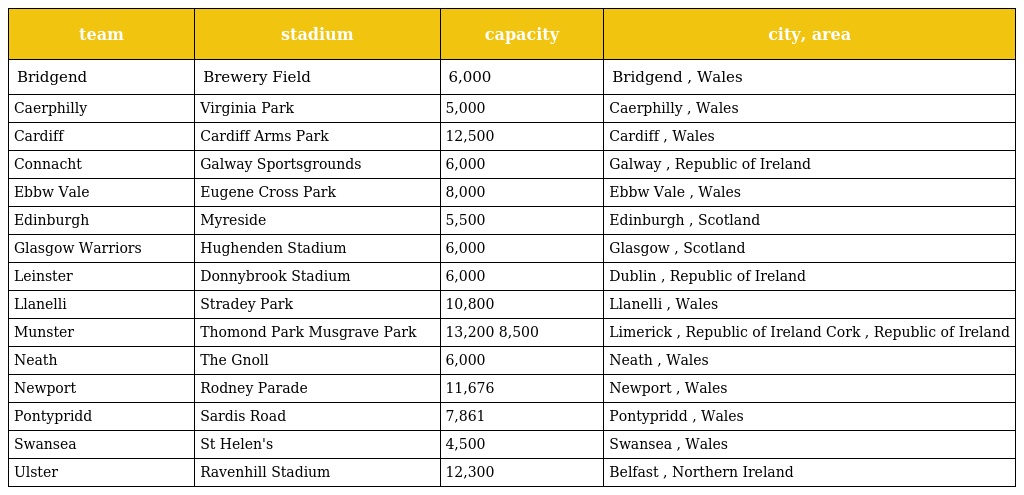
| team | stadium | capacity | city, area |
 | --- | --- | --- | --- |
 | Bridgend | Brewery Field | 6,000 | Bridgend , Wales |
 | Caerphilly | Virginia Park | 5,000 | Caerphilly , Wales |
 | Cardiff | Cardiff Arms Park | 12,500 | Cardiff , Wales |
 | Connacht | Galway Sportsgrounds | 6,000 | Galway , Republic of Ireland |
 | Ebbw Vale | Eugene Cross Park | 8,000 | Ebbw Vale , Wales |
 | Edinburgh | Myreside | 5,500 | Edinburgh , Scotland |
 | Glasgow Warriors | Hughenden Stadium | 6,000 | Glasgow , Scotland |
 | Leinster | Donnybrook Stadium | 6,000 | Dublin , Republic of Ireland |
 | Llanelli | Stradey Park | 10,800 | Llanelli , Wales |
 | Munster | Thomond Park Musgrave Park | 13,200 8,500 | Limerick , Republic of Ireland Cork , Republic of Ireland |
 | Neath | The Gnoll | 6,000 | Neath , Wales |
 | Newport | Rodney Parade | 11,676 | Newport , Wales |
 | Pontypridd | Sardis Road | 7,861 | Pontypridd , Wales |
 | Swansea | St Helen's | 4,500 | Swansea , Wales |
 | Ulster | Ravenhill Stadium | 12,300 | Belfast , Northern Ireland |